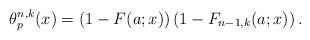
LaTeX: \begin{align*}\theta_{p}^{n,k}(x)=\left(1-F(a;x)\right)\left(1-F_{n-1,k}(a;x)\right).\end{align*}